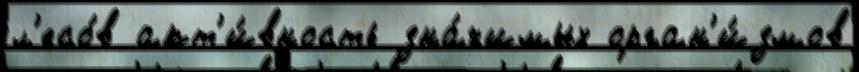
л'есо́в акт'и́вность зна́чимых орган'и́змов